Problem: 45 + 37 = ?
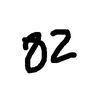
Handwritten answer: 82